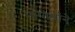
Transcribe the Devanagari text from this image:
मोपासाँने